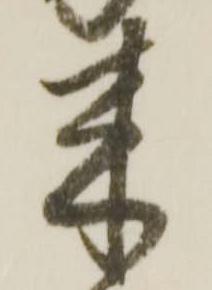
来